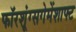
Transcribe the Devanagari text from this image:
फॉरशूंग्सगेमेंशाफ्ट